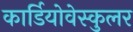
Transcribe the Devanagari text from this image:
कार्डियोवेस्कुलर